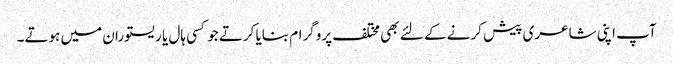
آپ اپنی شاعری پیش کرنے کے لئے بھی مختلف پروگرام بنایا کرتے جو کسی ہال یا ریستوران میں ہوتے۔